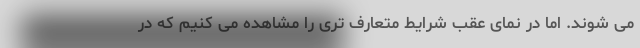
می شوند. اما در نمای عقب شرایط متعارف تری را مشاهده می کنیم که در